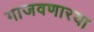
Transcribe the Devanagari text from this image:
गाजवणारया